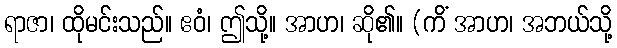
ရာဇာ၊ ထိုမင်းသည်။ ဧဝံ၊ ဤသို့။ အာဟ၊ ဆို၏။ (ကိံ အာဟ၊ အဘယ်သို့